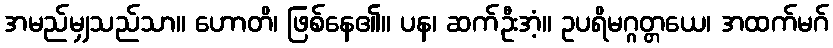
အမည်မျှသည်သာ။ ဟောတိ၊ ဖြစ်နေ၏။ ပန၊ ဆက်ဦးအံ့။ ဥပရိမဂ္ဂတ္တယေ၊ အထက်မဂ်